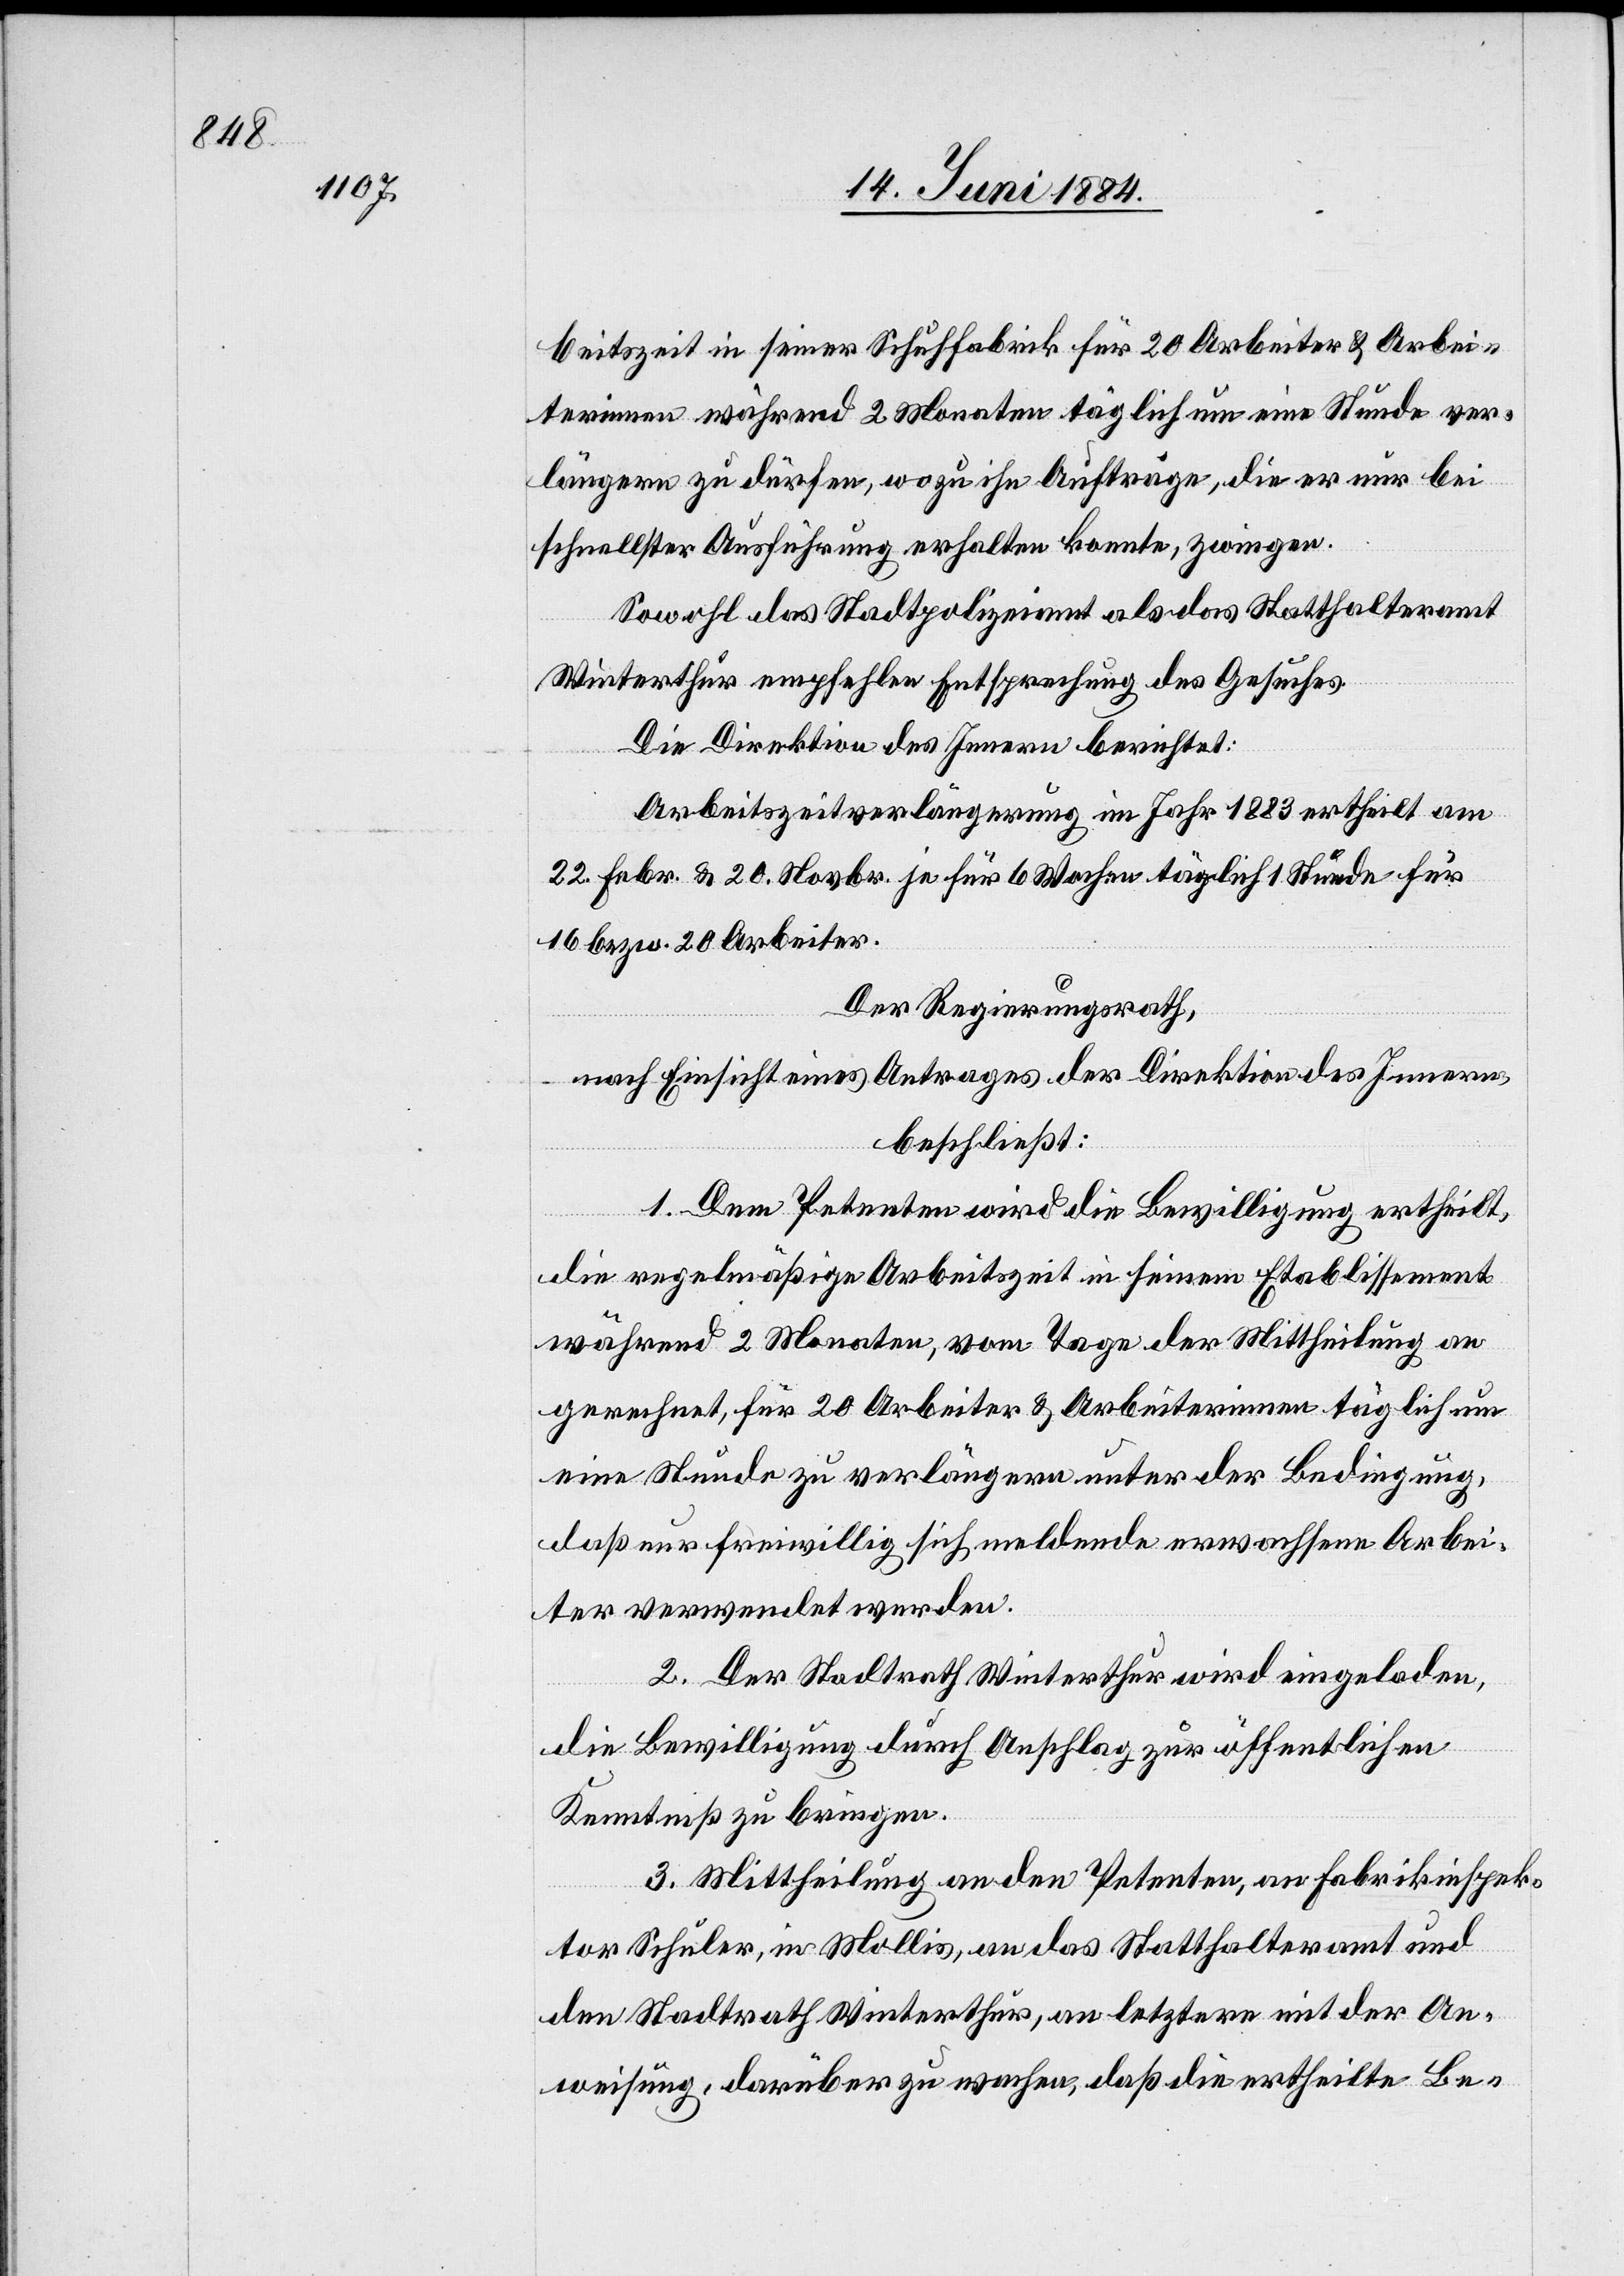
beitszeit in seiner Schuhfabrik für 20 Arbeiter während
längern zu dürfen, wozu ihn Aufträge, die er nur bei
schnellster Ausführung erhalten konnte, zwingen.
Sowohl das Stadtpolizeiamt als das Statthalteramt
ver¬
Winterthur empfehlen Entsprechung des Gesuches.
Die Direktion des Innern berichtet:
Arbeitszeitverlängerung im Jahr 1883 ertheilt am
22. Febr. & 20. Novbr. je für 6 Wochen täglich 1 Stunde für
16 bezw. 20 Arbeiter.
2
Der Regierungsrath,
nach Einsicht eines Antrages der Direktion des Innern,
beschließt:
1. Dem Petenten wird die Bewilligung ertheilt,
die regelmäßige Arbeitszeit in seinem Etablissement
während 2 Monaten, vom Tage der Mittheilung an
gerechnet, für 20 Arbeiter & Arbeiterinnen täglich um
eine Stunde zu verlängern unter der Bedingung,
daß nur freiwillig sich meldende erwachsene Arbei¬
ter verwendet werden.
2. Der Stadtrath Winterthur wird eingeladen,
die Bewilligung durch Anschlag zur öffentlichen
Kenntniß zu bringen.
3. Mittheilung an denn Petenten, an Fabrikinspek¬
tor Schuler, in Mollis, an das Statthalteramt und
den Stadtrath Winterthur, an letztern mit der An¬
weisung, darüber zu wachen, daß die ertheilte Be-